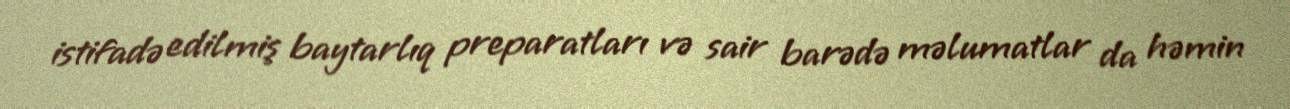
istifadə edilmiş baytarlıq preparatları və sair barədə məlumatlar da həmin